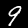
Label: 9